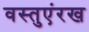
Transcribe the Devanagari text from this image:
वस्तुएंरख